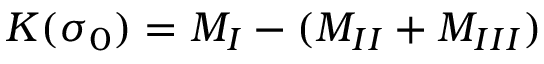
K ( \sigma _ { 0 } ) = M _ { I } - ( M _ { I I } + M _ { I I I } )